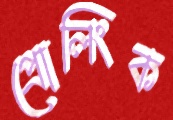
প্রোলিংক